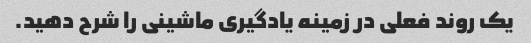
یک روند فعلی در زمینه یادگیری ماشینی را شرح دهید.